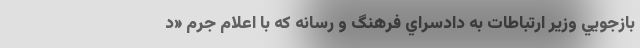
بازجويي وزير ارتباطات به دادسراي فرهنگ و رسانه كه با اعلام جرم «د